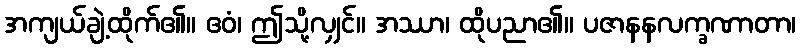
အကျယ်ချဲ့ထိုက်၏။ ဧဝံ၊ ဤသို့လျှင်။ အဿာ၊ ထိုပညာ၏။ ပဇာနနလက္ခဏာတာ၊